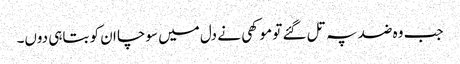
جب وہ ضد پہ تل گئے تو موکھی نے دل میں سوچا ان کو بتاہی دوں۔